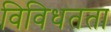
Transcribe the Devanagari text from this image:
विविधतता